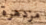
مزدهرة